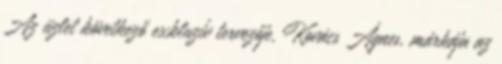
Az üzlet következő exkluzív tervezője, Kovács Ágnes, márkája az